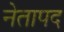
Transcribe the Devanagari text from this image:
नेतापद